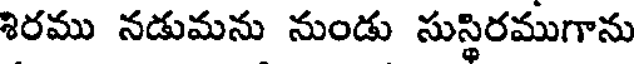
శిరము నడుమను నుండు సుస్థిరముగాను